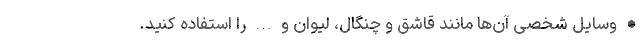
• وسایل شخصی آن‌ها مانند قاشق و چنگال، لیوان و … را استفاده کنید.